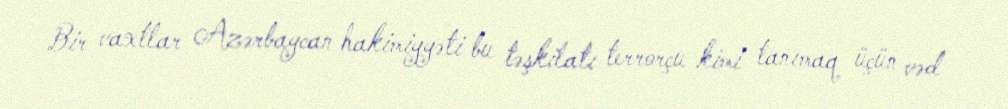
Bir vaxtlar Azərbaycan hakimiyyəti bu təşkilatı terrorçu kimi tanımaq üçün vəd